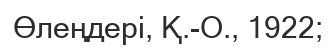
Өлеңдері, Қ.-О., 1922;